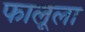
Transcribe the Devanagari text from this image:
फालूला